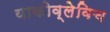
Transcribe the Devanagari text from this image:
याकोव्लेविच